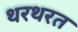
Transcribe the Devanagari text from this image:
थरथरत